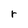
Character: r